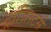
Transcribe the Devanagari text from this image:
ट्रांजिस्टर्स